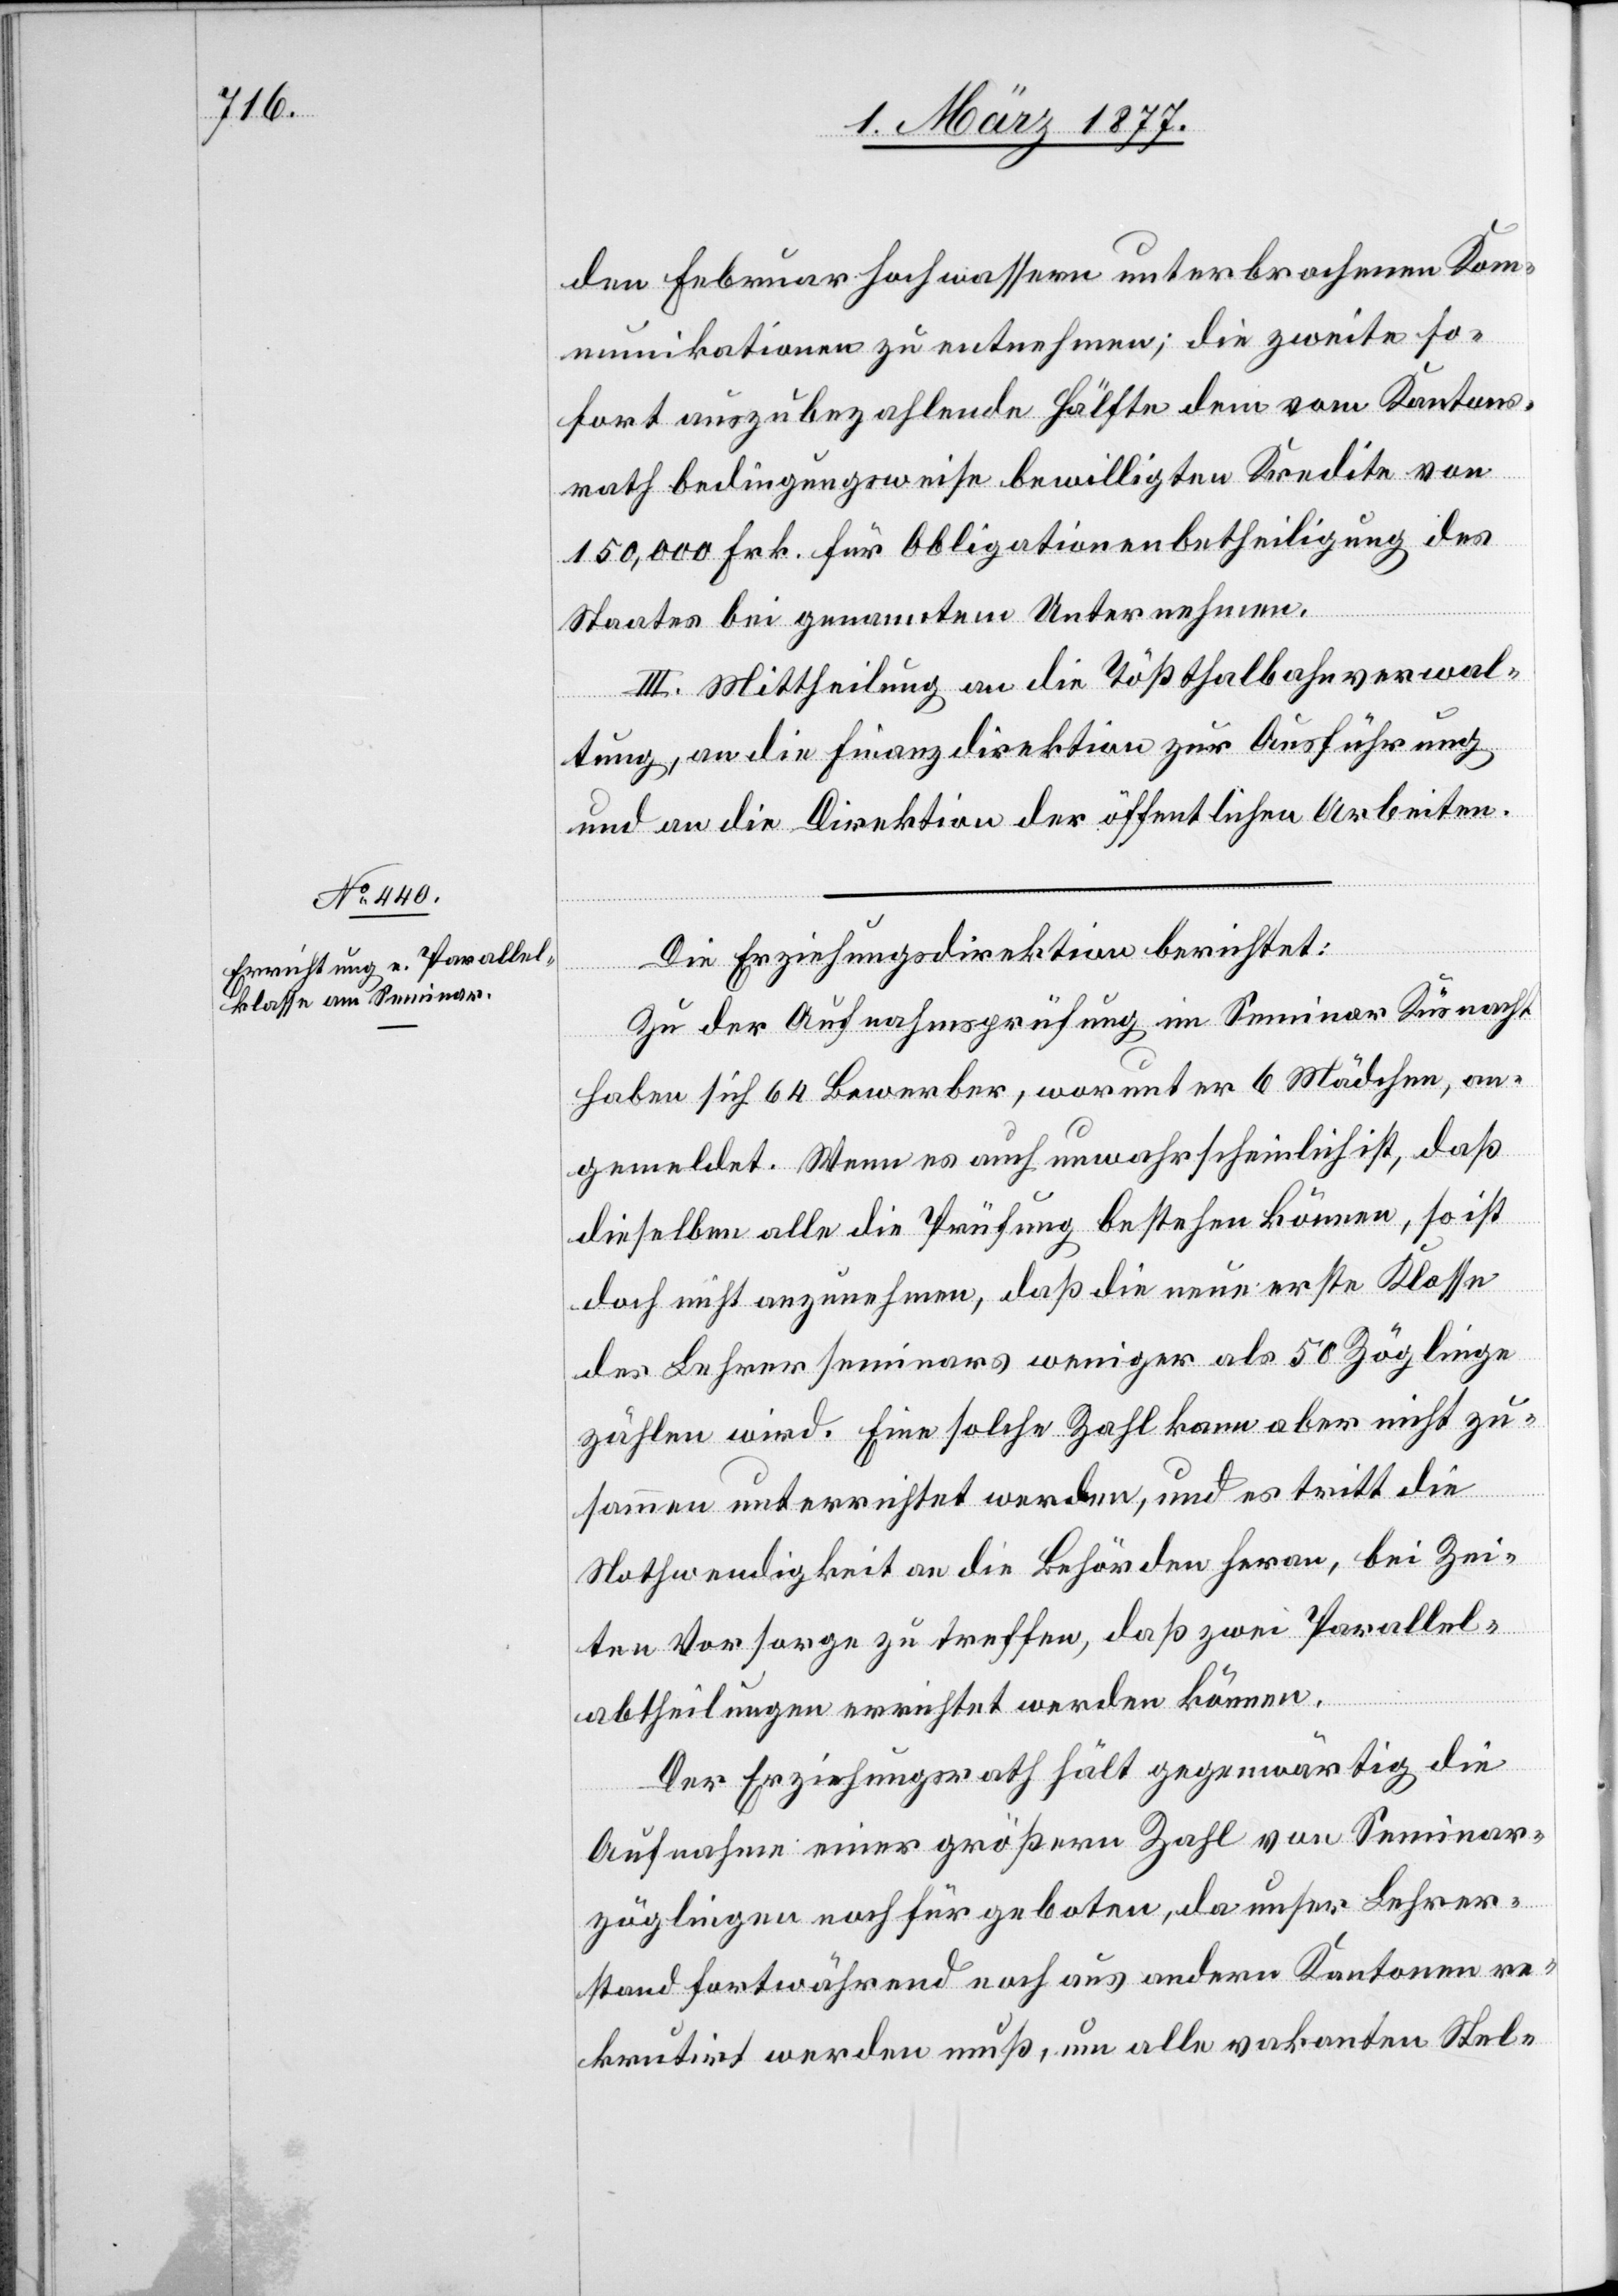
den Februarhochwassern unterbrochenen Kom¬
munikationen zu entnehmen; die zweite so¬
fort auszubezahlende Hälfte dem vom Kantons¬
rath bedingungsweise bewilligten Kredite von
150,000 Frk. für Obligationenbetheiligung des
Staates bei genanntem Unternehmen.
III. Mittheilung an die Tößthalbahngesells¬
t, an die Finanzdirektion zur Ausführung
und an die Direktion der öffentlichen Arbeiten.
Die Erziehungsdirektion berichtet:
Zu der Aufnahmsprüfung im Seminar Küsnacht
haben sich 64 Bewerber, worunter 6 Mädchen, an¬
gemeldet. Wenn es auch unwahrscheinlich ist, daß
dieselben alle die Prüfung bestehen können, so ist
doch nicht anzunehmen, daß die neue erste Klasse
des Lehrerseminars weniger als 50 Zöglinge
zählen wird. Eine solche Zahl kann aber nicht zu¬
sammen unterrichtet werden, und es tritt die
Nothwendigkeit an die Behörden heran, bei Zei¬
ten Vorsorge zu treffen, daß zwei Parallel¬
Der Erziehungsrath hält gegenwärtig die
Aufnahme einer größern Zahl von Seminar¬
zöglingen noch für geboten, da unser Lehrer¬
stand fortwährend noch aus andern Kantonen re¬
krutirt werden muß, um alle vakanten Stel-

sen